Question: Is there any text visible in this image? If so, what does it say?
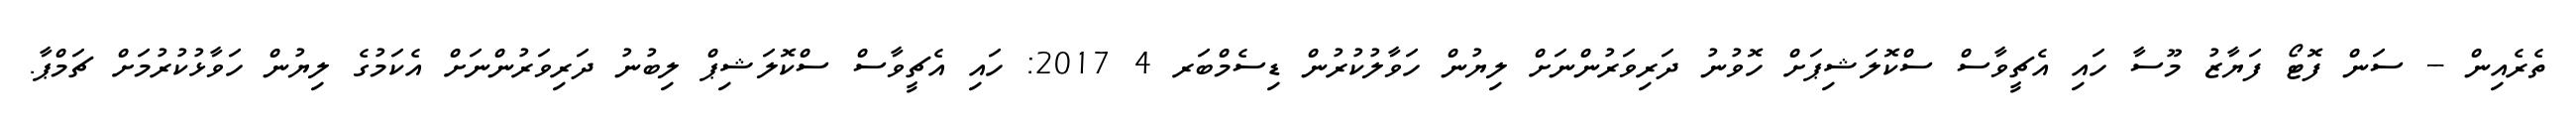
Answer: ތެރެއިން -- ސަން ފޮޓޯ ފަޔާޒު މޫސާ ހައި އެޗީވާސް ސްކޮލަޝިޕަށް ހޮވުނު ދަރިވަރުންނަށް ލިޔުން ހަވާލުކުރުން ޑިސެމްބަރ 4 2017: ހައި އެޗީވާސް ސްކޮލަޝިޕް ލިބުނު ދަރިވަރުންނަށް އެކަމުގެ ލިޔުން ހަވާޅުކުރުމަށް ޗަމްޕާ.